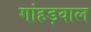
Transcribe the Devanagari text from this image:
गांहड़वाल